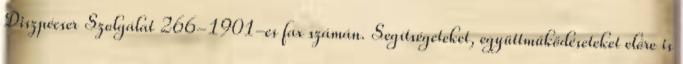
Diszpécser Szolgálat 266-1901-es fax számán. Segítségeteket, együttműködéseteket előre is